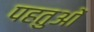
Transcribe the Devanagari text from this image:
पहतुओं